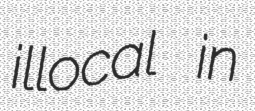
illocal in